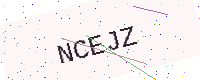
Text: NCEJZ